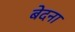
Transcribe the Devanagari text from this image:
बेदना